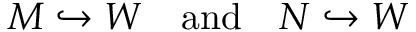
M \hookrightarrow W \quad { \mathrm { a n d } } \quad N \hookrightarrow W